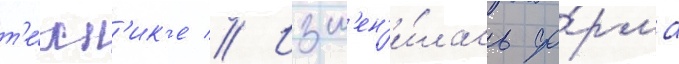
т'е́хн'ик'е // Изм'ен'и́лась фо́рма